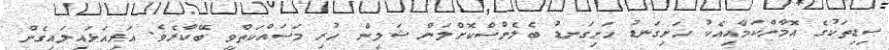
ސިޑިތަކުގެ އޮމާންކަމާއިއެކު ހަަށިގަނޑު ހަށިގަނޑު ބެލެންސްކޮށްލަން ޝަލީން ހުރި މަސައްކަތްވީ ބޭކާރެވެ. އަރިއަޅައިލައިގެން